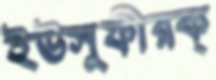
ইউসুফীরক্